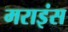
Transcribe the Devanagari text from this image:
मराइंस